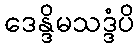
ဒေန္ဒိမသဒ္ဒံပိ